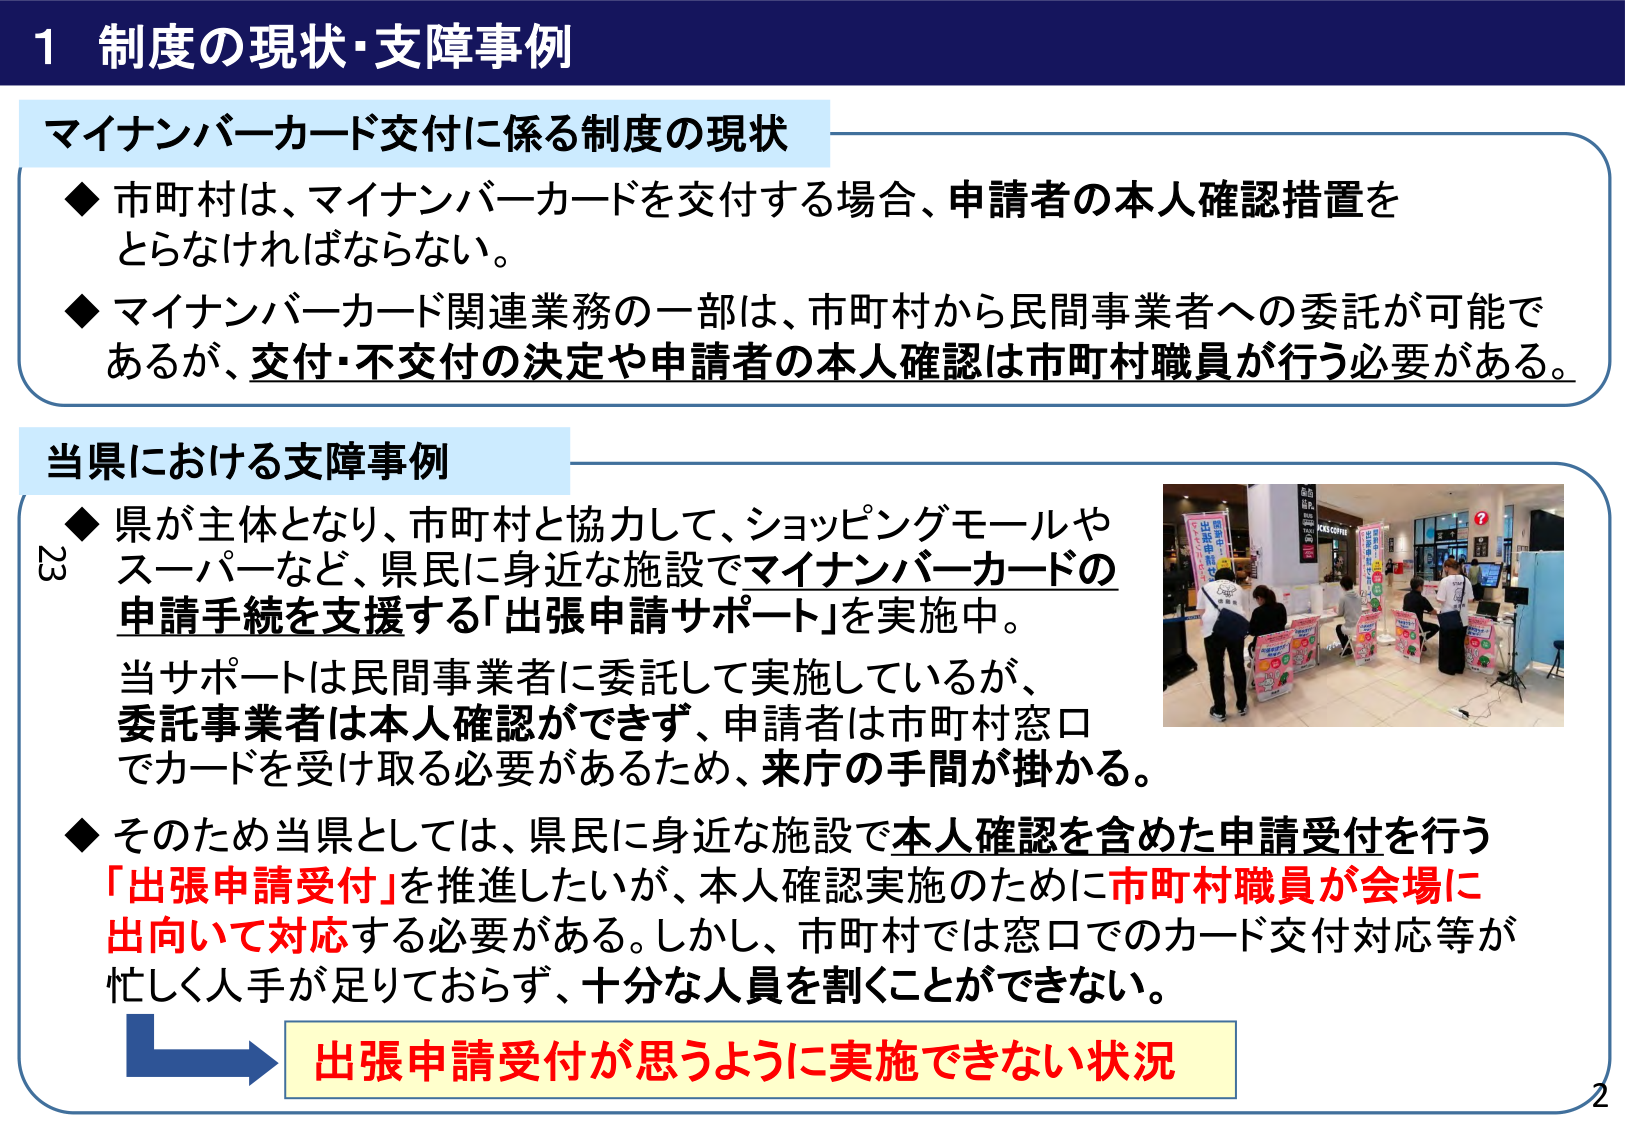
1 制度の現状・支障事例

マイナンバーカード交付に係る制度の現状
◆ 市町村は、マイナンバーカードを交付する場合、申請者の本人確認措置をとらなければならない。
◆ マイナンバーカード関連業務の一部は、市町村から民間事業者への委託が可能であるが、交付・不交付の決定や申請者の本人確認は市町村職員が行う必要がある。

当県における支障事例
◆ 県が主体となり、市町村と協力して、ショッピングモールやスーパーなど、県民に身近な施設でマイナンバーカードの申請手続を支援する「出張申請サポート」を実施中。
当サポートは民間事業者に委託して実施しているが、委託事業者は本人確認ができず、申請者は市町村窓口でカードを受け取る必要があるため、来庁の手間が掛かる。
◆ そのため当県としては、県民に身近な施設で本人確認を含めた申請受付を行う「出張申請受付」を推進したいが、本人確認実施のために市町村職員が会場に出向いて対応する必要がある。しかし、市町村では窓口でのカード交付対応等が忙しく人手が足りておらず、十分な人員を割くことができない。

出張申請受付が思うように実施できない状況

23
2